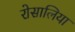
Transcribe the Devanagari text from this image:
रोसालिया